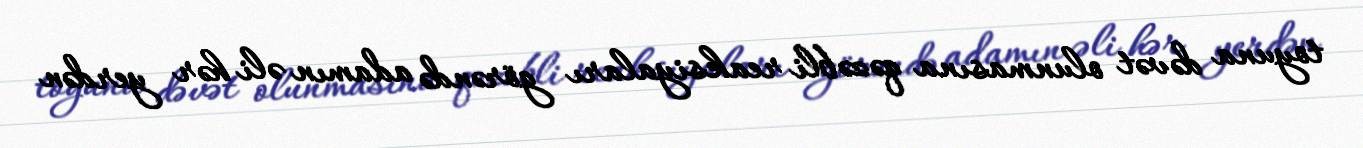
toyuna dəvət olunmasına qəzəbli reaksiyaları görəndə adamın əli hər yerdən